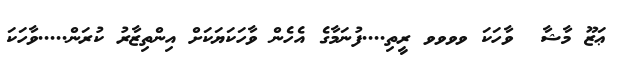
ޢަޒޫ މާޝާ  ވާހަކަ ވވވވ ރީތި....ފުނަމާގެ އެހެން ވާހަކަޔަކަށް އިންތިޒާރު ކުރަން.....ވާހަކަ